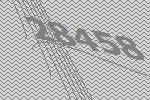
28458